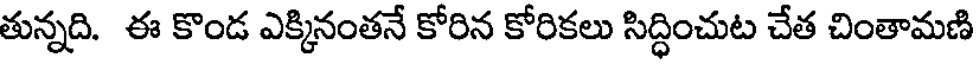
తున్నది. ఈ కొండ ఎక్కినంతనే కోరిన కోరికలు సిద్ధించుట చేత చింతామణి